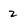
Character: 2